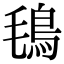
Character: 𩿂